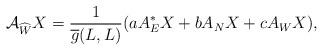
LaTeX: \begin{align*} \mathcal{A}_{\widehat{W}}X=\frac{1}{\overline{g}(L,L)}(aA^{*}_{E}X+bA_{N}X+cA_{W}X),\end{align*}